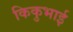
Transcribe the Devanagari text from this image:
किकुभाई